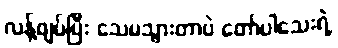
လန့်ဖျပ်ပြီး သေမသွားတာပဲ တော်ပါသေးရဲ့